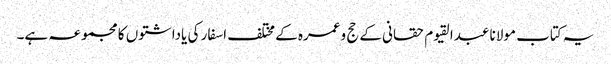
یہ کتاب مولانا عبدالقیوم حقانی کے حج وعمرہ کے مختلف اسفار کی یاداشتوں کا مجموعہ ہے۔